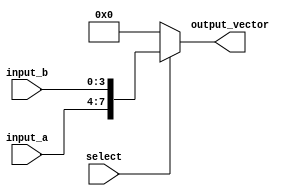
module vector_continuous_assignment (
    input wire [3:0] input_a,      // 4-bit input signal A
    input wire [3:0] input_b,      // 4-bit input signal B
    input wire select,              // Control signal for conditional logic
    output reg [7:0] output_vector  // 8-bit output vector
);

// Continuous assignment using an always block
always @(*) begin
    // Conditional logic to determine the value of output_vector
    if (select) begin
        // Concatenate input_a and input_b when select is high
        output_vector = {input_a, input_b}; // Concatenation
    end else begin
        // Assign a default value when select is low
        output_vector = 8'b00000000; // Default value
    end
end

endmodule